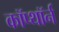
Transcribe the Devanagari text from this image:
कॉप्थॉर्न